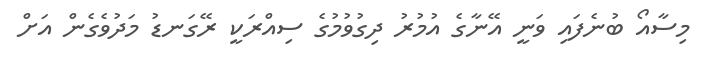
މިސާއޯ ބުނެފައި ވަނީ އޭނާގެ އުމުރު ދިގުވުމުގެ ސިއްރަކީ ރޭގަނޑު މަދުވެގެން އަށް